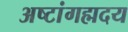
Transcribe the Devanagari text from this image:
अष्टांगह्मदय